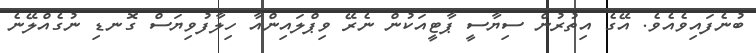
ބުނެފައިވެއެވެ. އޭގެ އިތުރުން ސިޔާސީ ޕާޓީއަކުން ނެރޭ ވިޕްލައިންއާ ހިލާފުވިޔަސް ގޮނޑި ނުގެއްލޭނެ